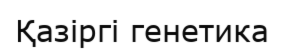
Қaзiргi генетика